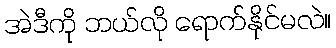
အဲဒီကို ဘယ်လို ရောက်နိုင်မလဲ။